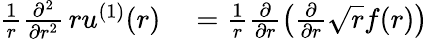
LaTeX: \begin{array}{rl}{\frac{1}{r}\frac{\partial^{2}}{\partial r^{2}}\, ru^{(1)}(r)}&{{}=\frac{1}{r}\frac{\partial}{\partial r}\left(\frac{\partial}{\partial r}\sqrt{r}f(r)\right)}\end{array}